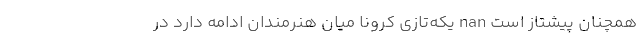
همچنان پیشتاز است nan یکه‌تازی کرونا میان هنرمندان ادامه دارد در